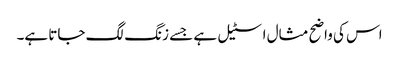
اس کی واضح مثال اسٹیل ہے جسے زنگ لگ جاتا ہے۔